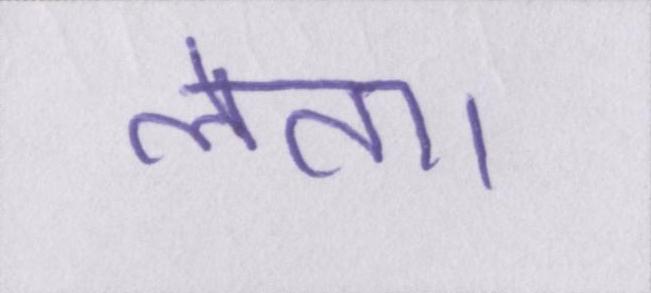
लेता।